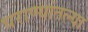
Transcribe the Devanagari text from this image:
घराण्यांतल्या